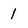
Character: 1